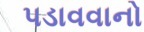
પડાવવાનો